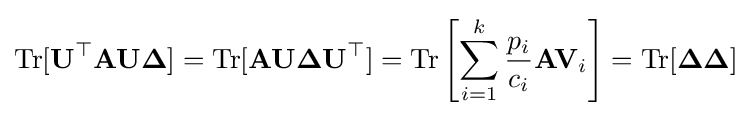
\mathrm {Tr} [\mathbf {U} ^{\top }\mathbf {A} \mathbf {U} {\boldsymbol {\Delta }}]=\mathrm {Tr} [\mathbf {A} \mathbf {U} {\boldsymbol {\Delta }}\mathbf {U} ^{\top }]=\mathrm {Tr} \left[\sum _{i=1}^{k}{\frac {p_{i}}{c_{i}}}\mathbf {A} \mathbf {V} _{i}\right]=\mathrm {Tr} [{\boldsymbol {\Delta }}{\boldsymbol {\Delta }}]